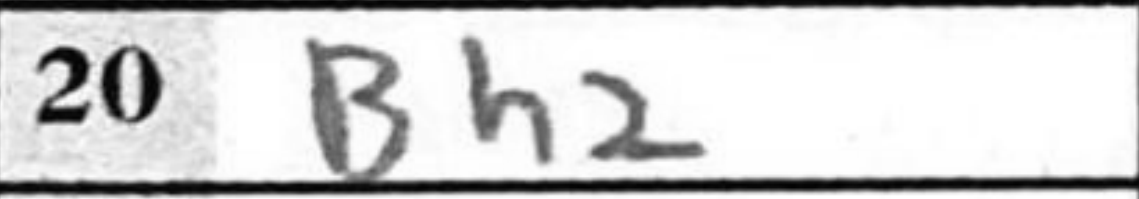
Transcription: Bh2